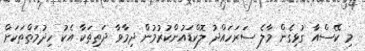
މި ކޭސްއާ ގުޅިގެން މާލެ ސަރަހައްދު ލޮކްޑައުންކުރުމުން ދިމާވާ ދަތިތަކާ އެކު ހިދުމަތްތަކަށް